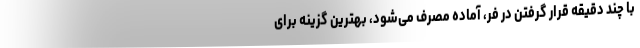
با چند دقیقه قرار گرفتن در فر، آماده‌ مصرف می‌شود، بهترین گزینه برای